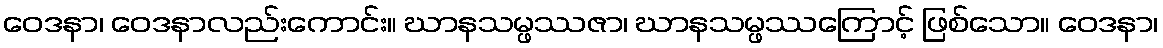
ဝေဒနာ၊ ဝေဒနာလည်းကောင်း။ ဃာနသမ္ဖဿဇာ၊ ဃာနသမ္ဖဿကြောင့် ဖြစ်သော။ ဝေဒနာ၊